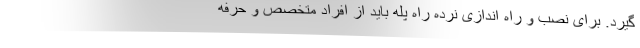
گیرد. برای نصب و راه اندازی نرده راه پله باید از افراد متخصص و حرفه